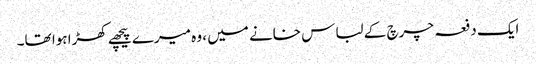
ایک دفعہ چرچ کے لباس خانے میں ، وہ میرے پیچھے کھڑا ہوا تھا۔